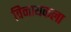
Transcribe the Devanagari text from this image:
विनायकला